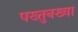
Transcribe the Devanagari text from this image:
पख्तुनख्वा